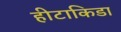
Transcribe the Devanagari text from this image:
हीटाकिडा